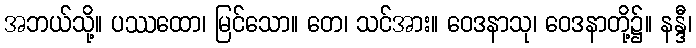
အဘယ်သို့။ ပဿထော၊ မြင်သော။ တေ၊ သင်အား။ ဝေဒနာသု၊ ဝေဒနာတို့၌။ နန္ဒီ၊